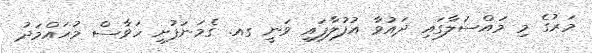
މަރުގެ މި މައްސަލާގައި ދައުވާ އުފުލާފައި ވަނީ ގއ. ގެމަނަފުށި ހަވާސް މުހައްމަދު